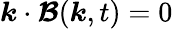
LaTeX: \boldsymbol{k}\cdot\boldsymbol{\mathcal{B}}(\boldsymbol{k},t)=0